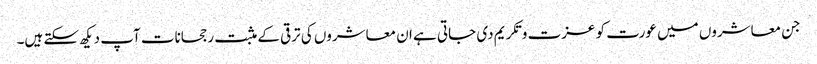
جن معاشروں میں عورت کو عزت و تکریم دی جاتی ہے ان معاشروں کی ترقی کے مثبت رجحانات آپ دیکھ سکتے ہیں۔